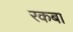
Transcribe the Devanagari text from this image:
रकबा